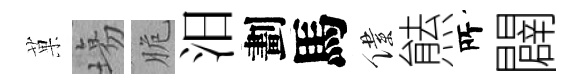
菓塲脆汨劃馬僕㷱𠩄闢